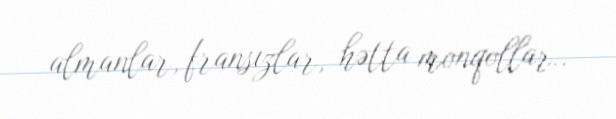
almanlar, fransızlar, hətta monqollar..